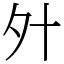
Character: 㚈